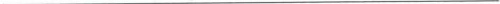
___